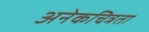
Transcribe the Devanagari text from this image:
अनेकचित्रता